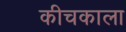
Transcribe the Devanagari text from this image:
कीचकाला